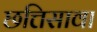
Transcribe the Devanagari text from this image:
छत्तिसावा